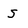
Character: S